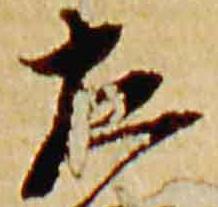
左